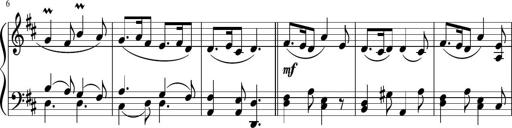
Title: 12 Keyboard Sonatinas
Composer: James Hook